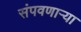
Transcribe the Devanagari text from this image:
संपवणाऱ्या